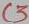
Text: C3